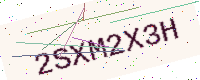
Text: 2SXM2X3H